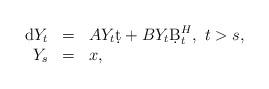
LaTeX: \begin{align*}\begin{array}{rcl}{\rm d} Y_t&=&AY_t\d t+BY_t\d B^H_t,\ t>s,\\Y_s&=&x,\end{array}\end{align*}